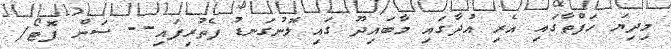
މިދިޔަ ހަފްތާގައި އެެރި އުދާގައި މާބައިދޫ ގައި ލޮނުގަނޑު ފެތުރިފައި-- ސަން ފޮޓޯ/